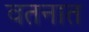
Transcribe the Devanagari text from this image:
वतनात